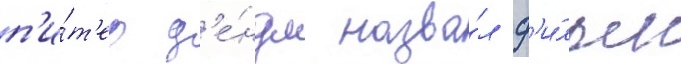
п'и́т'ер д'е́ндл назва́л ф'и́льм